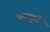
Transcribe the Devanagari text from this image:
फळकुटे